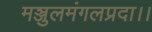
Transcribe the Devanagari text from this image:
मञ्जुलमंगलप्रदा।।